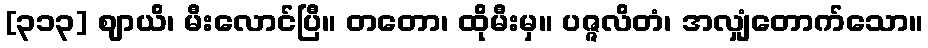
[၃၁၃] ဈာယိ၊ မီးလောင်ပြီ။ တတော၊ ထိုမီးမှ။ ပဇ္ဇလိတံ၊ အလျှံတောက်သော။